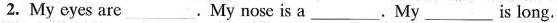
2.My eyes are___.My nose is a___. My__is long.